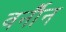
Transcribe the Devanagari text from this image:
वर्नौन